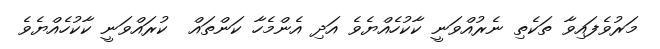
މަރުވެފައިވާ ތަކެތި ނެރުއްވަނީ ކާކުހެއްޔެވެ އަދި އެންމެހާ ކަންތައް  ކުރައްވަނީ ކާކުހެއްޔެވެ